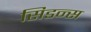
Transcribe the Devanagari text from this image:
सिडन्स